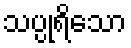
သပ္ပုရိသော